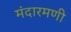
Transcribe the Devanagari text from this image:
मंदारमणी